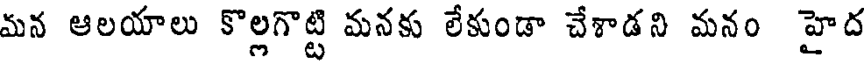
మన ఆలయాలు కొల్లగొట్టి మనకు లేకుండా చేశాడని మనం హైద